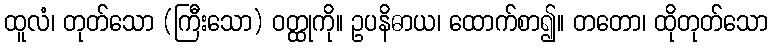
ထူလံ၊ တုတ်သော (ကြီးသော) ဝတ္ထုကို။ ဥပနိဓာယ၊ ထောက်စာ၍။ တတော၊ ထိုတုတ်သော